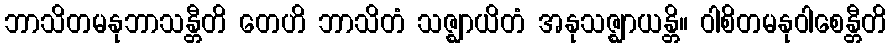
ဘာသိတမနုဘာသန္တီတိ တေဟိ ဘာသိတံ သဇ္ဈာယိတံ အနုသဇ္ဈာယန္တိ။ ဝါစိတမနုဝါစေန္တီတိ